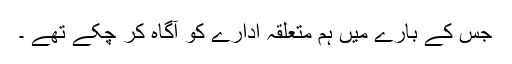
جس کے بارے میں ہم متعلقہ ادارے کو آگاہ کر چکے تھے ۔